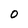
Character: 0